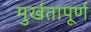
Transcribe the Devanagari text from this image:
मुर्खतापूर्ण